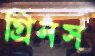
গ্রিনস